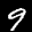
Label: 9